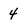
Character: 4